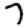
Digit: 7